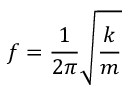
f = { \frac { 1 } { 2 \pi } } { \sqrt { \frac { k } { m } } }